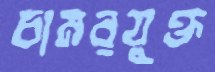
চামরযুক্ত